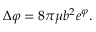
\Delta \varphi = 8 \pi \mu b ^ { 2 } e ^ { \varphi } .